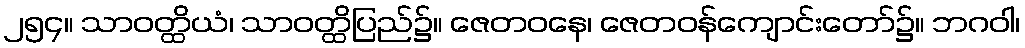
၂၅၄။ သာဝတ္ထိယံ၊ သာဝတ္ထိပြည်၌။ ဇေတဝနေ၊ ဇေတဝန်ကျောင်းတော်၌။ ဘဂဝါ၊